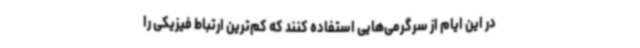
در این ایام از سرگرمی‌هایی استفاده کنند که کم‌ترین ارتباط فیزیکی را